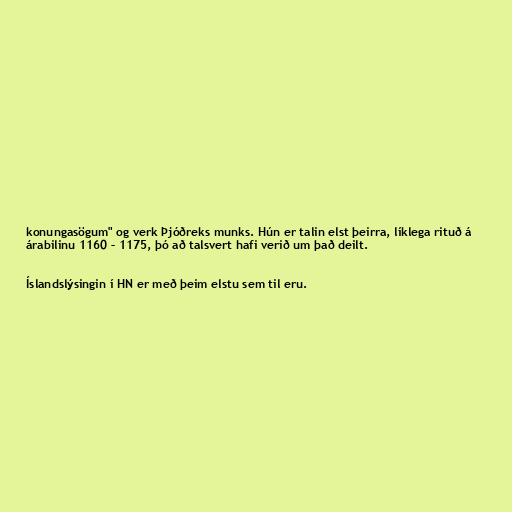
konungasögum" og verk Þjóðreks munks. Hún er talin elst þeirra, líklega rituð á
árabilinu 1160 – 1175, þó að talsvert hafi verið um það deilt.

Íslandslýsingin í HN er með þeim elstu sem til eru.